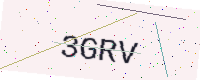
Text: 3GRV